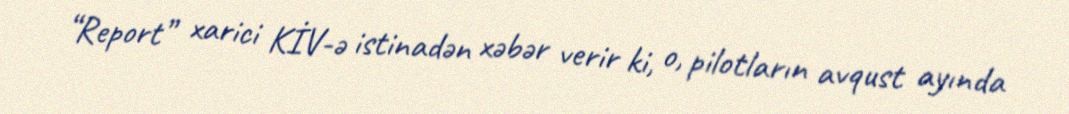
“Report” xarici KİV-ə istinadən xəbər verir ki, o, pilotların avqust ayında